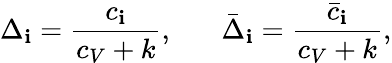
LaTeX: \Delta_{\mathbf{i}}={\frac{{c_{\mathbf{i}}}}{{c_{V}+k}}},\; \; \; \; \; \; \bar{{\Delta}}_{\mathbf{i}}={\frac{{\bar{{c}}_{\mathbf{i}}}}{{c_{V}+k}}},